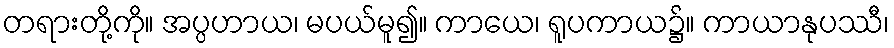
တရားတို့ကို။ အပ္ပဟာယ၊ မပယ်မူ၍။ ကာယေ၊ ရူပကာယ၌။ ကာယာနုပဿီ၊